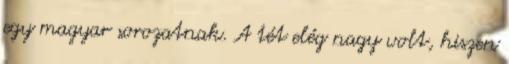
egy magyar sorozatnak. A tét elég nagy volt, hiszen